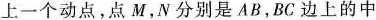
上一个动点，点M，N 分别是AB，BC边上的中